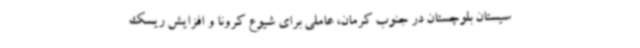
سیستان بلوچستان در جنوب کرمان، عاملی برای شیوع کرونا و افزایش ریسک